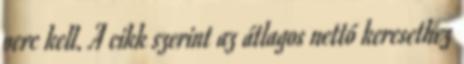
perc kell. A cikk szerint az átlagos nettó keresethez